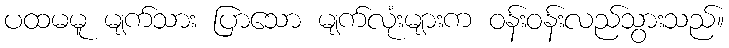
ပထမမူ မျက်သား ပြာသော မျက်လုံးများက ဝန်းဝန်းလည်သွားသည်။